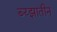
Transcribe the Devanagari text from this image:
ब्य्झातीन